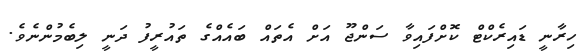
ހިރާނީ ޑައިރެކްޓް ކޮށްފައިވާ ސަންޖޫ އަށް އެތައް ބައެއްގެ ތައުރީފު ދަނީ ލިބެމުންނެވެ.